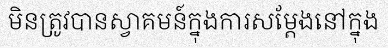
មិនត្រូវបានស្វាគមន៍ក្នុងការសម្តែងនៅក្នុង